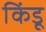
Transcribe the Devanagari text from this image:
किंडू